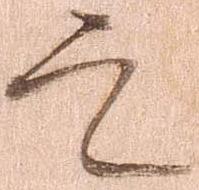
定